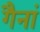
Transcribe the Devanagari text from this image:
गैनां